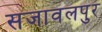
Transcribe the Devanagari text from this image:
सजावलपुर